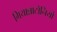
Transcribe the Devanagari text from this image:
गियान्नाटोनियो